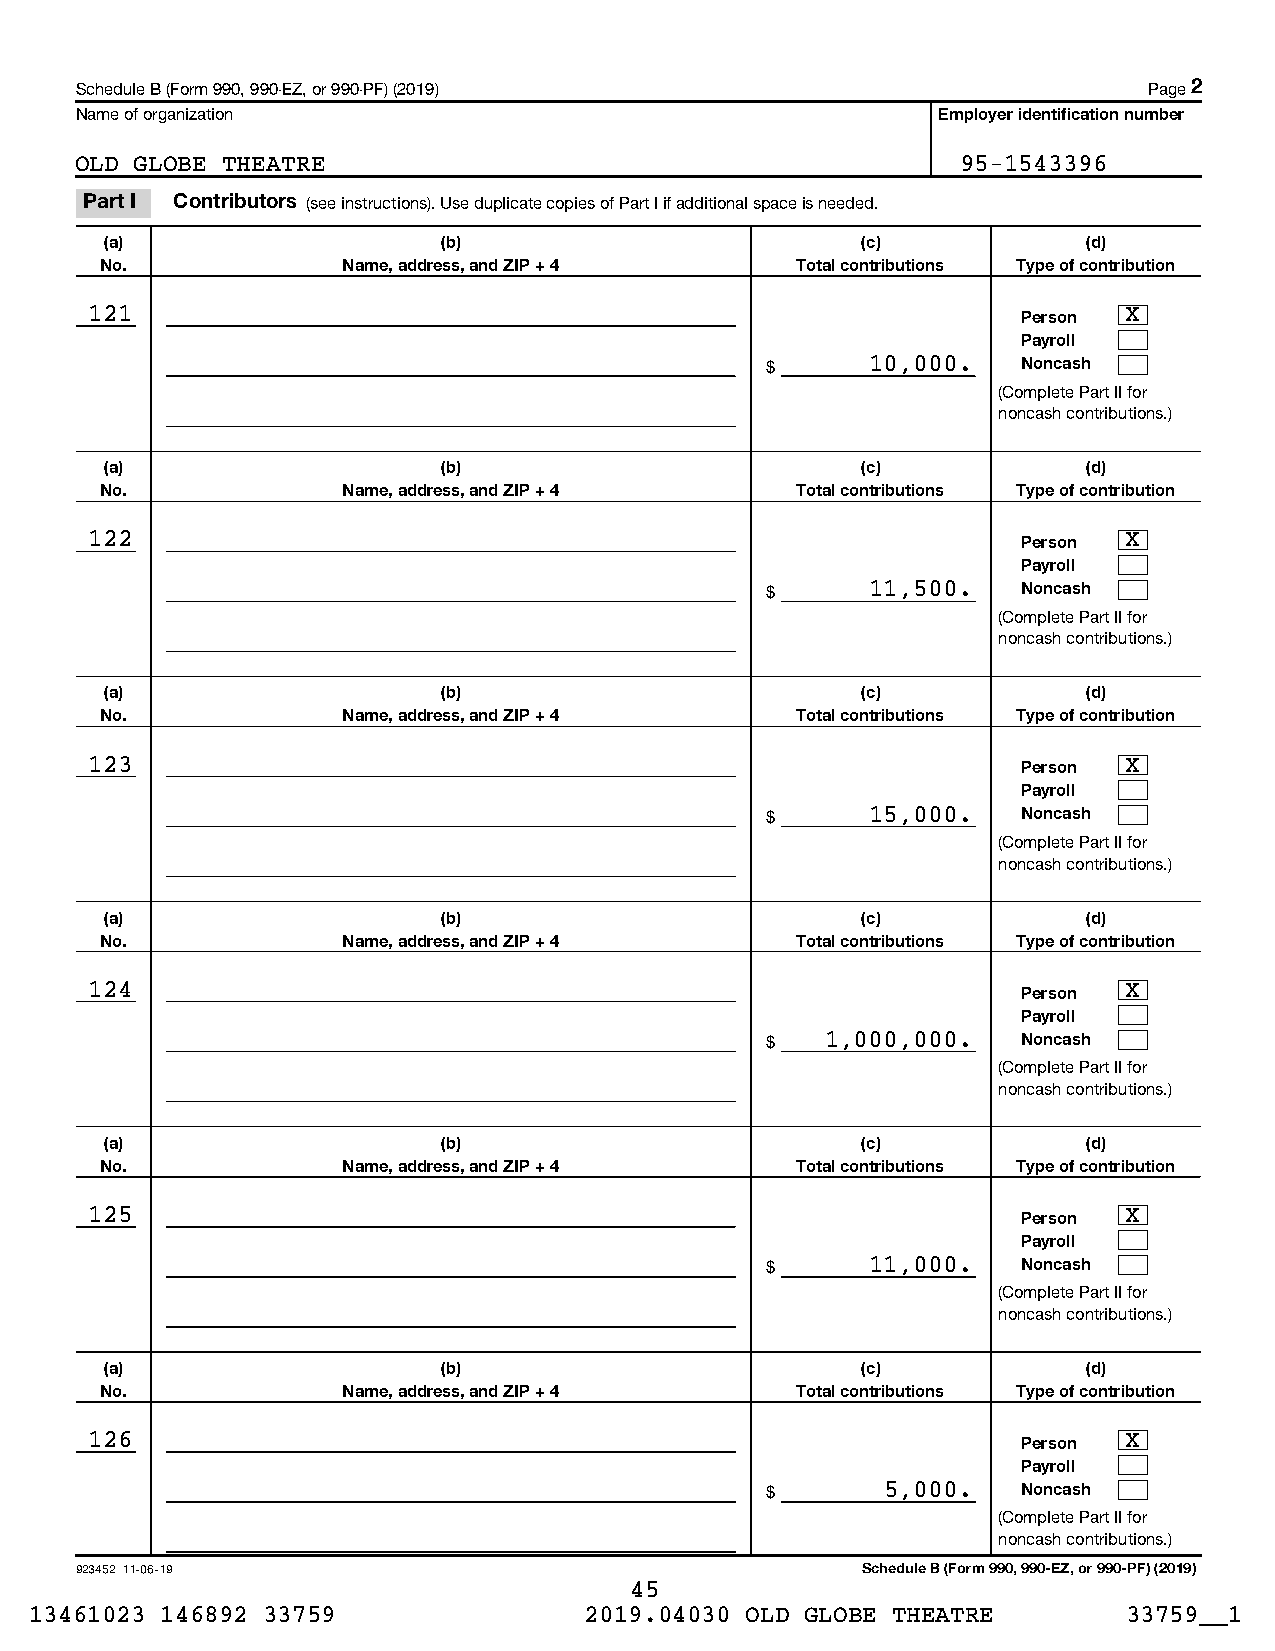
Schedule B (Form 990, 990-EZ, or 990-PF) (2019)                        Page 2
 Name of organization                                     Employer identification number
 OLD GLOBE THEATRE                                          95-1543396
 Part I Contributors (see instructions). Use duplicate copies of Part I if additional space is needed.
 (a)                   (b)                         (c)            (d)
 No.             Name, address, and ZIP + 4    Total contributions Type of contribution
 121                                                           Person X
 Payroll
 $      10,000.   Noncash
 (Complete Part II for
 noncash contributions.)
 (a)                   (b)                         (c)            (d)
 No.             Name, address, and ZIP + 4    Total contributions Type of contribution
 122                                                           Person X
 Payroll
 $      11,500.   Noncash
 (Complete Part II for
 noncash contributions.)
 (a)                   (b)                         (c)            (d)
 No.             Name, address, and ZIP + 4    Total contributions Type of contribution
 123                                                           Person X
 Payroll
 $      15,000.   Noncash
 (Complete Part II for
 noncash contributions.)
 (a)                   (b)                         (c)            (d)
 No.             Name, address, and ZIP + 4    Total contributions Type of contribution
 124                                                           Person X
 Payroll
 $   1,000,000.   Noncash
 (Complete Part II for
 noncash contributions.)
 (a)                   (b)                         (c)            (d)
 No.             Name, address, and ZIP + 4    Total contributions Type of contribution
 125                                                           Person X
 Payroll
 $      11,000.   Noncash
 (Complete Part II for
 noncash contributions.)
 (a)                   (b)                         (c)            (d)
 No.             Name, address, and ZIP + 4    Total contributions Type of contribution
 126                                                           Person X
 Payroll
 $       5,000.   Noncash
 (Complete Part II for
 noncash contributions.)
 923452 11-06-19                                     Schedule B (Form 990, 990-EZ, or 990-PF) (2019)
 45
 13461023 146892 33759                2019.04030 OLD GLOBE THEATRE        33759__1